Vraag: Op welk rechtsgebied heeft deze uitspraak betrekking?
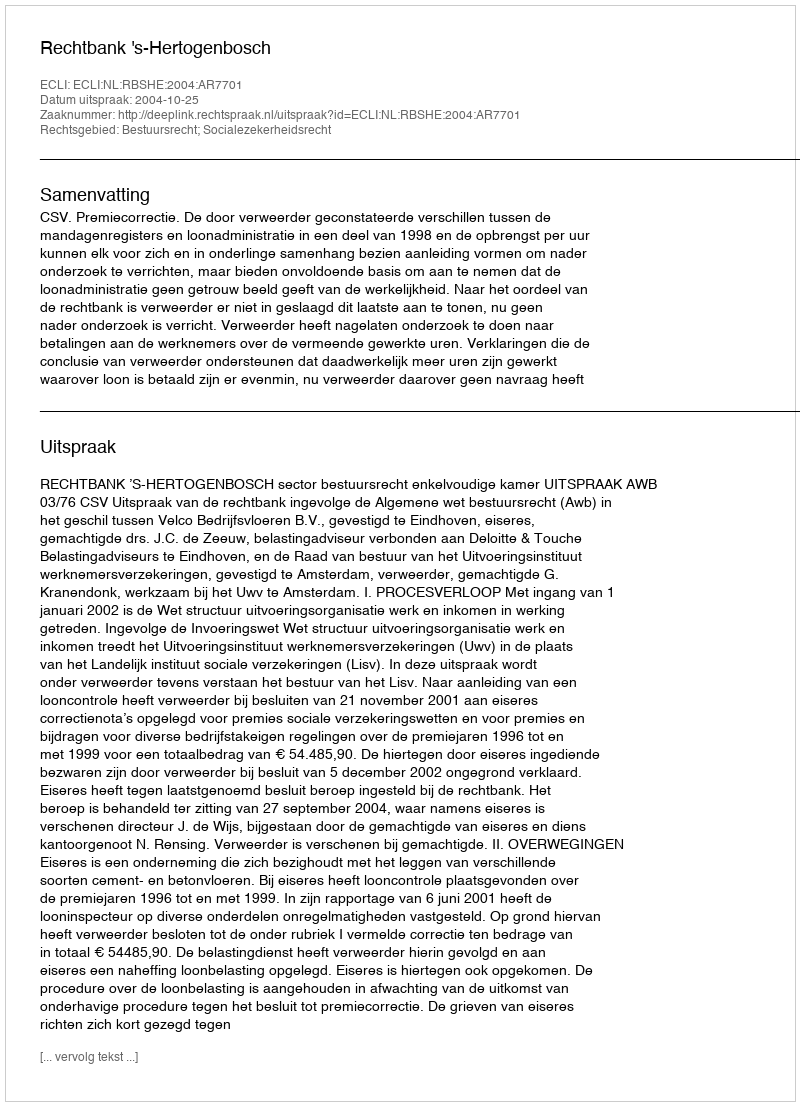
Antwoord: Bestuursrecht; Socialezekerheidsrecht